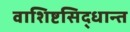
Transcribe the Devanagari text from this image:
वाशिष्टसिद्धान्त